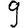
Digit: 9